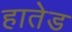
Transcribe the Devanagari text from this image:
हातेड